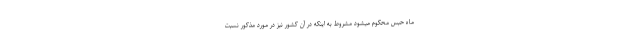
ماه‌ حبس محکوم میشود مشروط به اینکه در آن کشور نیز در مورد مذکور نسبت